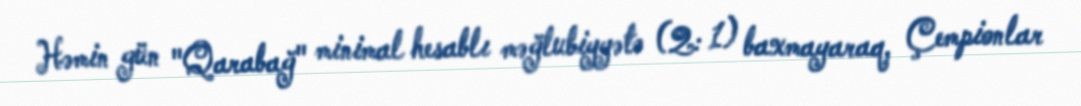
Həmin gün "Qarabağ" minimal hesablı məğlubiyyətə (2: 1) baxmayaraq, Çempionlar